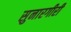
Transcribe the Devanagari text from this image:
सुनारगीरी